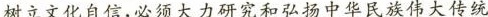
树立文化自信，必须大力研究和弘扬中华民族伟大传统